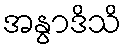
အနွာဒိသိ